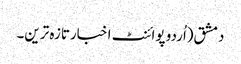
دمشق(اُردو پوائنٹ اخبارتازہ ترین۔